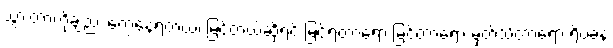
သွားတာကိုချည်း တွေ့နေရတယ်၊ မြင်တယ်ဆိုရင် မြင်ရတာရော မြင်တာရော မှတ်သိတာရော ရိပ်ခနဲ